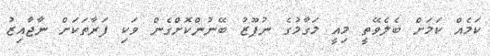
ކަމެއް ކަމަށް ބެލެވޭތީ މިއީ މަގާމުގެ ނުފޫޒު ބޭނުންކޮށްގެން ވަކި ފަރާތަކަށް ނާޖާއިޒު